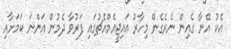
އެކު އޭނާ ގެއިން ނެރެގެން މިހާރު އައިޖީއެމްއެޗުގައި ފަރުވާ ދެމުން އަންނަ ކަމަށާއި